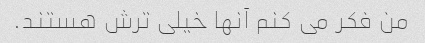
من فکر می کنم آنها خیلی ترش هستند.